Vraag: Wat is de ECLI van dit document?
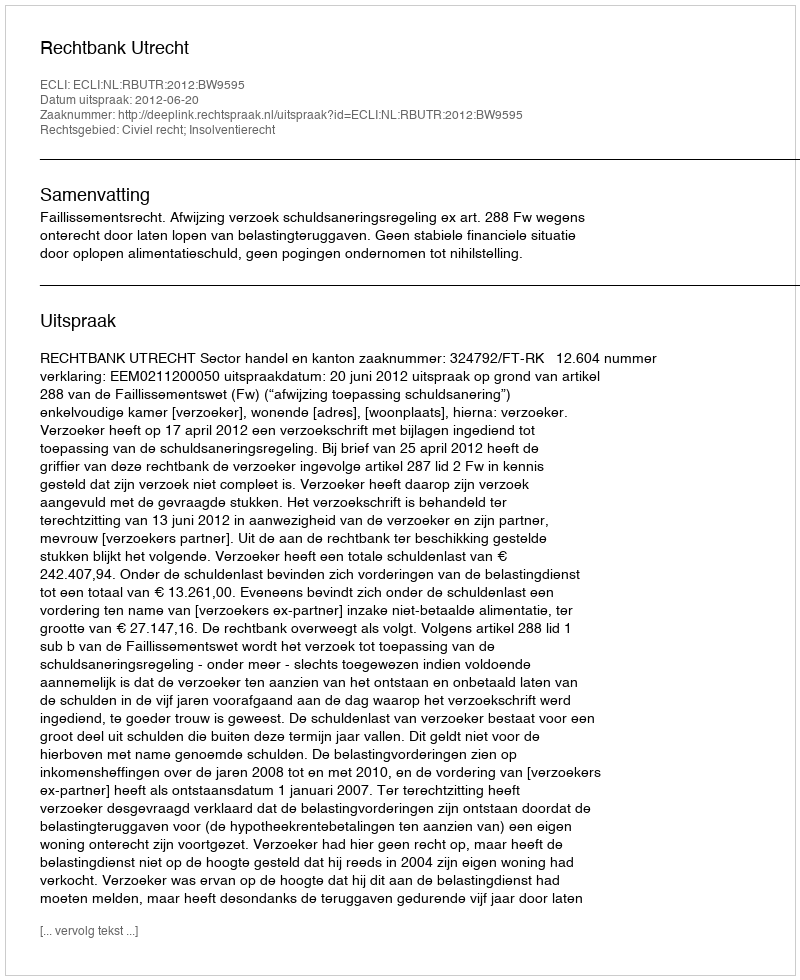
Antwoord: ECLI:NL:RBUTR:2012:BW9595